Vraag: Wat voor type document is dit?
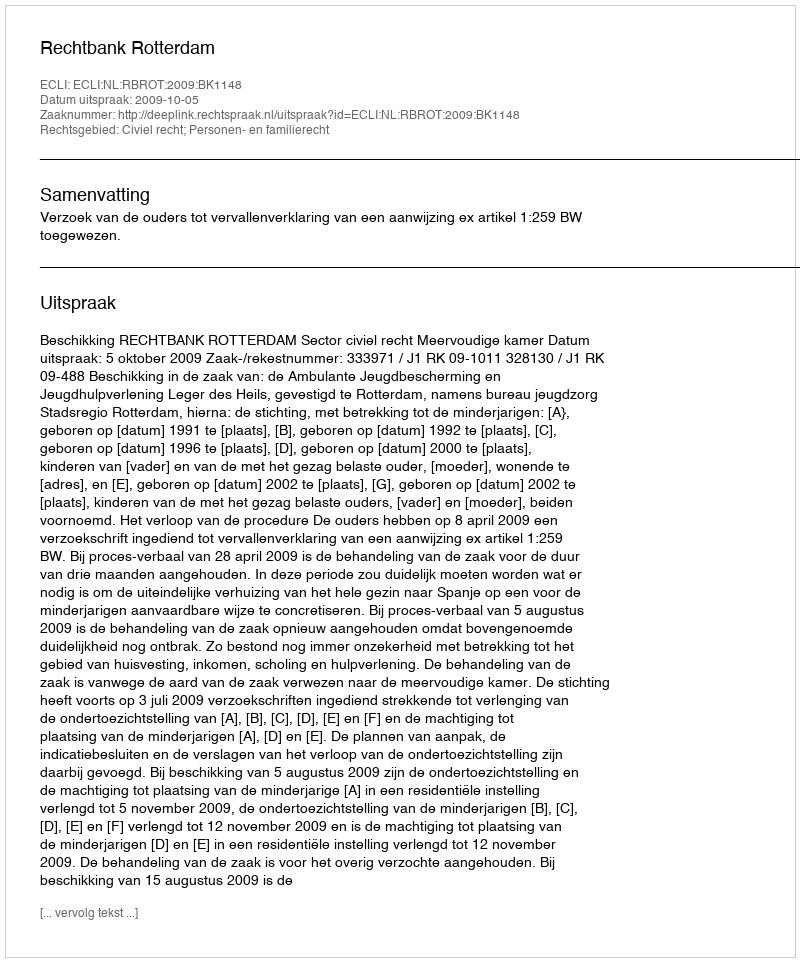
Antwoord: Uitspraak